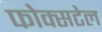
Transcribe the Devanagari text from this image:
फोक्सटेल